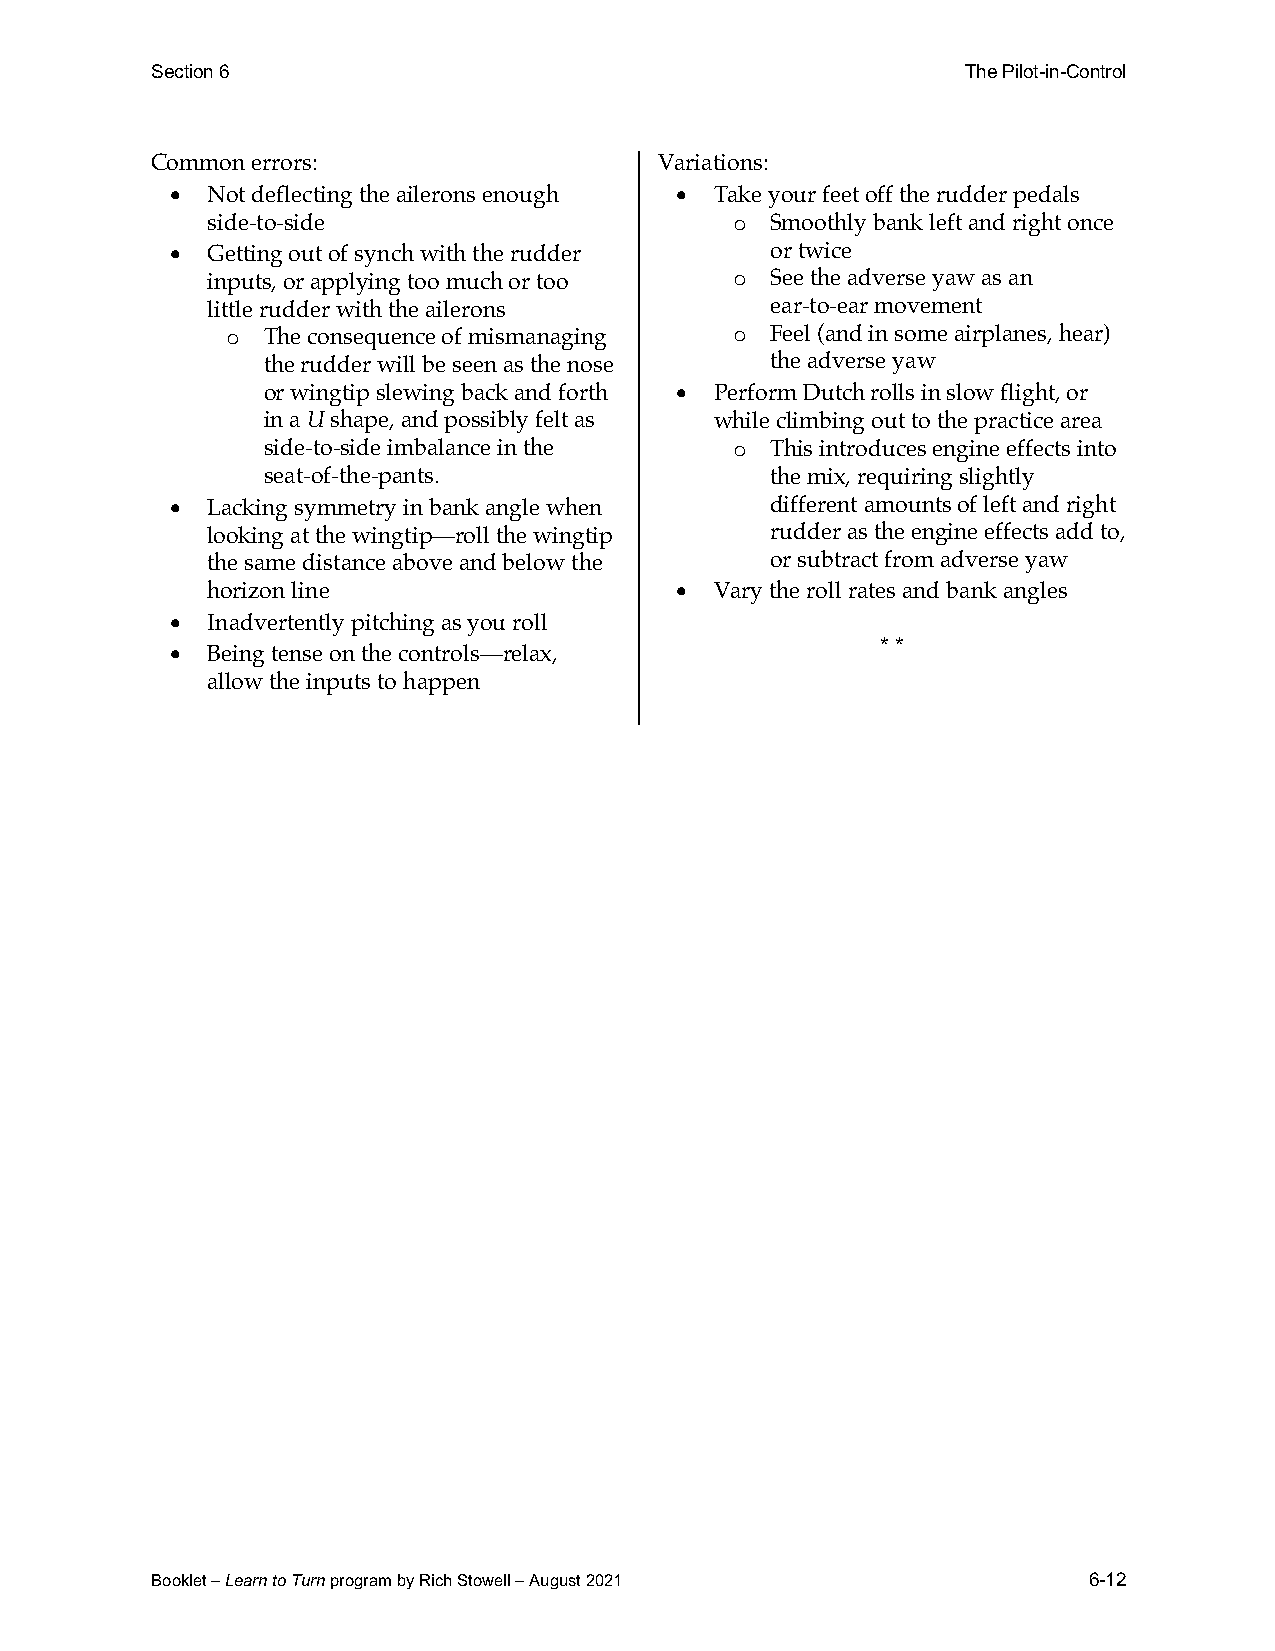
Section 6                                             The Pilot-in-Control
 Common errors:                    Variations:
 •  Not deflecting the ailerons enough • Take your feet off the rudder pedals
 side-to-side                       o Smoothly bank left and right once
 •  Getting out of synch with the rudder or twice
 inputs, or applying too much or too o See the adverse yaw as an
 little rudder with the ailerons      ear-to-ear movement
 o The consequence of mismanaging  o Feel (and in some airplanes, hear)
 the rudder will be seen as the nose the adverse yaw
 or wingtip slewing back and forth • Perform Dutch rolls in slow flight, or
 in a U shape, and possibly felt as while climbing out to the practice area
 side-to-side imbalance in the   o This introduces engine effects into
 seat-of-the-pants.                the mix, requiring slightly
 •  Lacking symmetry in bank angle when  different amounts of left and right
 looking at the wingtip—roll the wingtip rudder as the engine effects add to,
 the same distance above and below the or subtract from adverse yaw
 horizon line                   • Vary the roll rates and bank angles
 •  Inadvertently pitching as you roll
 •  Being tense on the controls—relax,          * *
 allow the inputs to happen
 Booklet – Learn to Turn program by Rich Stowell – August 2021 6-12